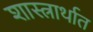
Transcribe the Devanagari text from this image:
शास्त्रार्थात